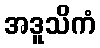
အဒူသိကံ